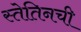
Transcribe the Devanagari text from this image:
स्तेतिनची